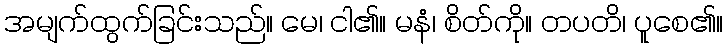
အမျက်ထွက်ခြင်းသည်။ မေ၊ ငါ၏။ မနံ၊ စိတ်ကို။ တပတိ၊ ပူစေ၏။